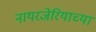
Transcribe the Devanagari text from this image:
नायरजेरियाच्या